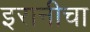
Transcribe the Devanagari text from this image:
इरानीचा